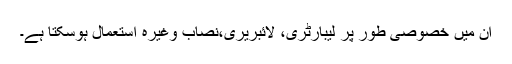
ان میں خصوصی طور پر لیبارٹری، لائبریری،نصاب وغیرہ استعمال ہوسکتا ہے۔